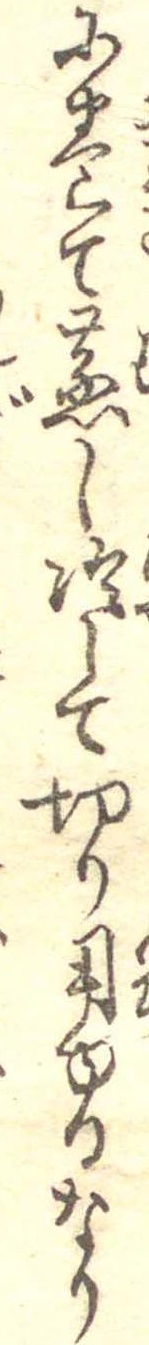
に巻て蒸し冷して切り用ゆるなり